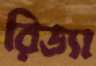
রিড্যা